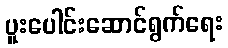
ပူးပေါင်းဆောင်ရွက်ရေး